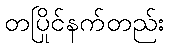
တပြိုင်နက်တည်း